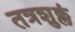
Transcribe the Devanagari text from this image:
तत्रशुक्लं